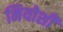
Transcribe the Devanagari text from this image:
मियोशी